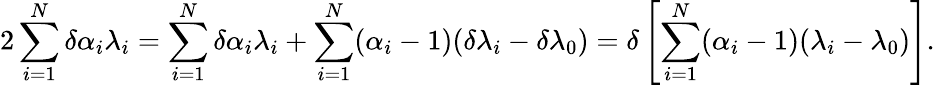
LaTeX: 2\sum_{i=1}^{N}\delta\alpha_{i}\lambda_{i}=\sum_{i=1}^{N}\delta\alpha_{i}\lambda_{i}+\sum_{i=1}^{N}(\alpha_{i}-1)(\delta\lambda_{i}-\delta\lambda_{0})=\delta\left[\sum_{i=1}^{N}(\alpha_{i}-1)(\lambda_{i}-\lambda_{0})\right].